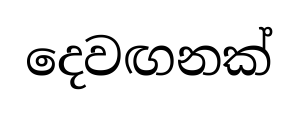
දෙවඟනක්